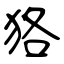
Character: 狢